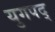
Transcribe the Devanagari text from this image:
युगपद्